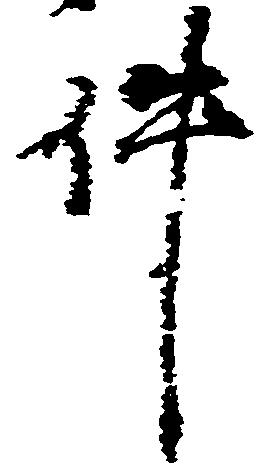
件